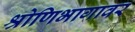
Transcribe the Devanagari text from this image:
श्रोणिभागावर